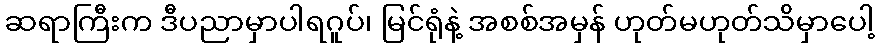
ဆရာကြီးက ဒီပညာမှာပါရဂူပ်၊ မြင်ရုံနဲ့ အစစ်အမှန် ဟုတ်မဟုတ်သိမှာပေါ့